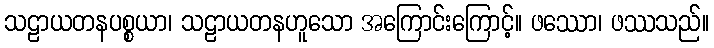
သဠာယတနပစ္စယာ၊ သဠာယတနဟူသော အကြောင်းကြောင့်။ ဖဿော၊ ဖဿသည်။